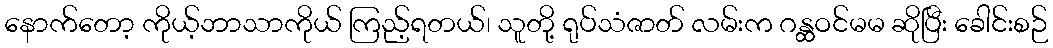
နောက်တော့ ကိုယ့်ဘာသာကိုယ် ကြည့်ရတယ်၊ သူတို့ ရုပ်သံဇာတ် လမ်းက ဂန္ထဝင်မမ ဆိုပြီး ခေါင်းစဉ်